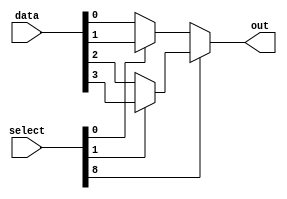
module multiplexer_512to1 (
    input wire [511:0] data,
    input wire [8:0] select,
    output reg out
);

reg [511:0] mux_out[0:255];

generate
genvar i;
for (i = 0; i < 256; i = i + 1) begin : mux_blk
    always @* begin
        mux_out[i] = (select[i] == 1'b0) ? data[2*i] : data[2*i+1];
    end
end
endgenerate

always @* begin
    out = (select[8] == 1'b0) ? mux_out[0] : mux_out[1];
end

endmodule